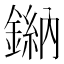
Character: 𫒾